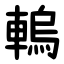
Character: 䡧